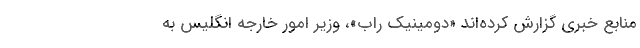
منابع خبری گزارش کرده‌اند «دومینیک راب»، وزیر امور خارجه انگلیس به